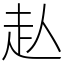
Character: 龪